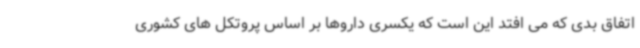
اتفاق بدی که می افتد این است که یکسری داروها بر اساس پروتکل های کشوری